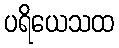
ပရိယေသထ